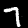
Digit: 7